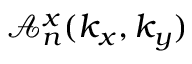
\mathcal { A } _ { n } ^ { x } ( k _ { x } , k _ { y } )